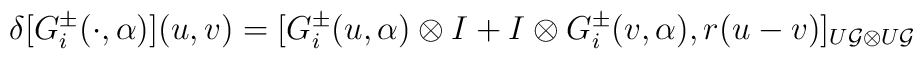
\delta[ G_{i}^{\pm}(\cdot,\alpha)](u,v)=[G_{i}^{\pm}(u,\alpha)\otimes I +I\otimes G_{i}^{\pm}(v,\alpha),r(u-v)]_{U{\cal G}\otimes U{\cal G}}